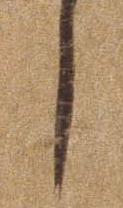
し